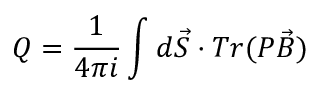
Q = \frac { 1 } { 4 \pi i } \int d \vec { S } \cdot T r ( P \vec { B } )